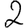
Digit: 2